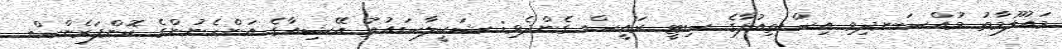
މައުލޫމާތު މުއްސަނދިވި އިސްތިއުފާގެ ސިޓީ ރައީސް ގެންދެވި: ޝަކީލާސައުތު އޭޝިއާގެ އަންހެނުންގެ ކޮންފަރެންސް